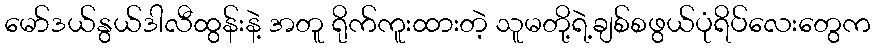
မော်ဒယ်နွယ်ဒါလီထွန်းနဲ့ အတူ ရိုက်ကူးထားတဲ့ သူမတို့ရဲ့ချစ်စဖွယ်ပုံရိပ်လေးတွေက